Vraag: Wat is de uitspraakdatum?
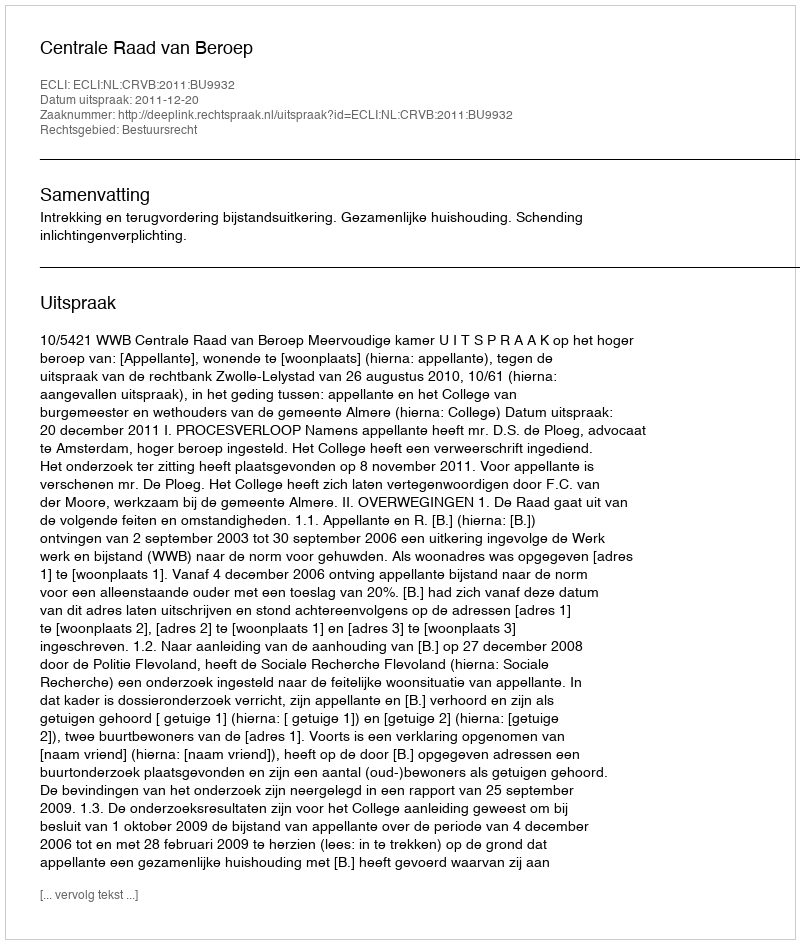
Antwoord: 2011-12-20